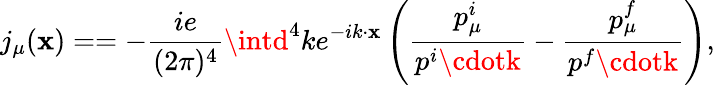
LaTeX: j_{\mu}(\mathbf{x})==-\frac{{ie}}{{(2\pi)^{4}}}\intd^{4}ke^{-ik\cdot\mathbf{x}}\left(\frac{{p_{\mu}^{i}}}{{p^{i}\cdotk}}-\frac{{p_{\mu}^{f}}}{{p^{f}\cdotk}}\right),